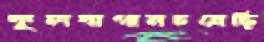
কুলবাগানচষেছি